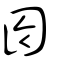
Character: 囹